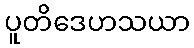
ပူတိဒေဟသယာ